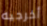
أخرجيه